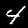
Label: 4